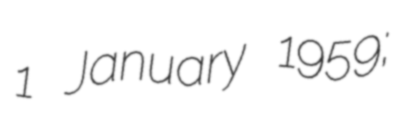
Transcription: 1 January 1959;